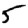
Digit: 5